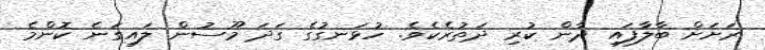
ރަށަށް ބާލާފައި ދާން ކުރި ދަތުރެކެވެ. ހުޅަނގުގެ ގަދަ މޫސުން ލައިގަނެ ކޮންމެ